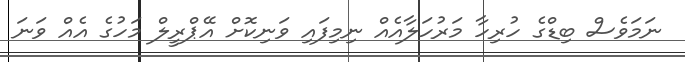
ނަމަވެސް ބިޑްގެ ހުރިހާ މަރުހަލާއެއް ނިމިފައި ވަނިކޮށް އޭޕްރީލް މަހުގެ އެއް ވަނަ